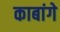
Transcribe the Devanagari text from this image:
काबांगे